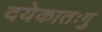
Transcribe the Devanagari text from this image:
दयेकातःगु